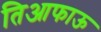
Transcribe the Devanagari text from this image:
तिआफाऊ